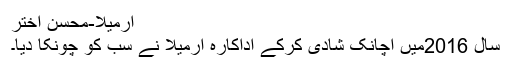
ارمیلا-محسن اختر
سال 2016میں اچانک شادی کرکے اداکارہ ارمیلا نے سب کو چونکا دیا۔